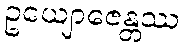
ဥယျောဇေန္တဿ